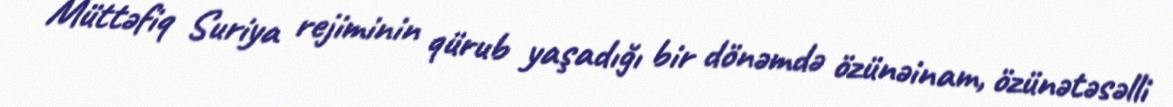
Müttəfiq Suriya rejiminin qürub yaşadığı bir dönəmdə özünəinam, özünətəsəlli